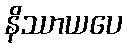
နိဿာယပေ